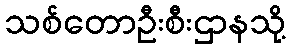
သစ်တောဦးစီးဌာနသို့